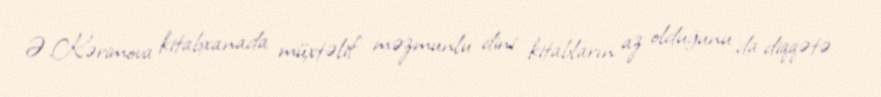
Ə.Kərimova kitabxanada müxtəlif məzmunlu dini kitabların az olduğunu da diqqətə